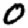
Digit: 0